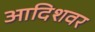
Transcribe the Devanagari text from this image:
आदिशवर